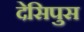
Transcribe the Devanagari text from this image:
देसिपुस